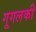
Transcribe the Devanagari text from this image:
गूगलकी